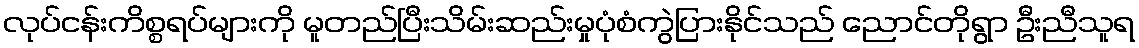
လုပ်ငန်းကိစ္စရပ်များကို မူတည်ပြီးသိမ်းဆည်းမှုပုံစံကွဲပြားနိုင်သည် ညောင်တိုရွာ ဦးညီသူရ